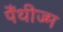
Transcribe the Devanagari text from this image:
पैंथीज्म